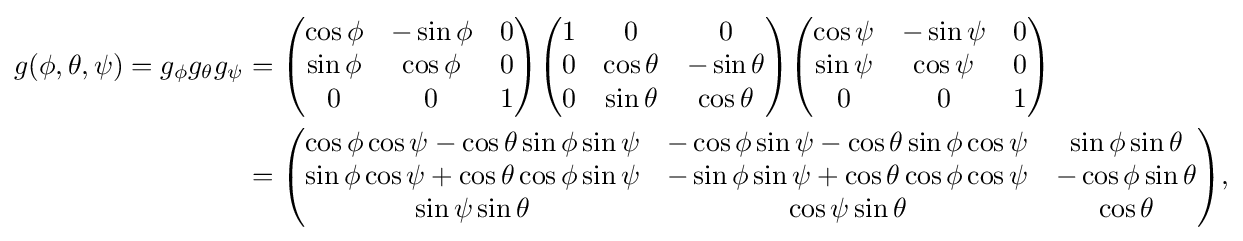
{\begin{aligned}g(\phi ,\theta ,\psi )=g_{\phi }g_{\theta }g_{\psi }&={\begin{pmatrix}\cos \phi &-\sin \phi &0\\\sin \phi &\cos \phi &0\\0&0&1\end{pmatrix}}{\begin{pmatrix}1&0&0\\0&\cos \theta &-\sin \theta \\0&\sin \theta &\cos \theta \end{pmatrix}}{\begin{pmatrix}\cos \psi &-\sin \psi &0\\\sin \psi &\cos \psi &0\\0&0&1\end{pmatrix}}\\&={\begin{pmatrix}\cos \phi \cos \psi -\cos \theta \sin \phi \sin \psi &-\cos \phi \sin \psi -\cos \theta \sin \phi \cos \psi &\sin \phi \sin \theta \\\sin \phi \cos \psi +\cos \theta \cos \phi \sin \psi &-\sin \phi \sin \psi +\cos \theta \cos \phi \cos \psi &-\cos \phi \sin \theta \\\sin \psi \sin \theta &\cos \psi \sin \theta &\cos \theta \end{pmatrix}},\end{aligned}}